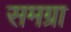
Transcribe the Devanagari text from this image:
समग्रा